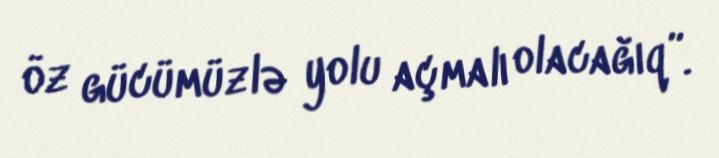
öz gücümüzlə yolu açmalı olacağıq”.